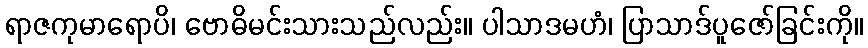
ရာဇကုမာရောပိ၊ ဗောဓိမင်းသားသည်လည်း။ ပါသာဒမဟံ၊ ပြာသာဒ်ပူဇော်ခြင်းကို။